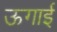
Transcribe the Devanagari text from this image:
ऊगाई